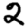
Digit: 2